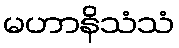
မဟာနိသံသံ